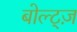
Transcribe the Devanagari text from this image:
बोल्ट्ज़